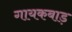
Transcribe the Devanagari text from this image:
गायकबाड़